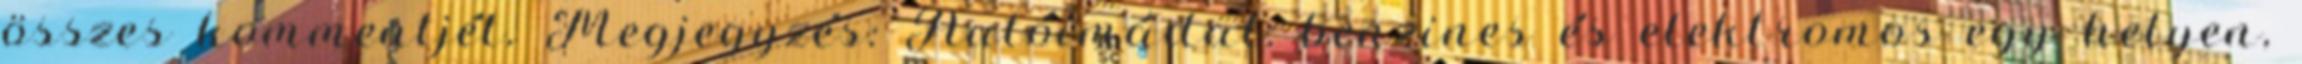
összes kommentjét. Megjegyzés: Autóimádat: benzines és elektromos egy helyen,